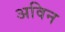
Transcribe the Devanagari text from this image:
अविन